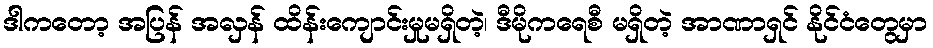
ဒါကတော့ အပြန် အလှန် ထိန်းကျောင်းမှုမရှိတဲ့၊ ဒီမိုကရေစီ မရှိတဲ့ အာဏာရှင် နိုင်ငံတွေမှာ